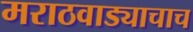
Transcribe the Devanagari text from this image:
मराठवाड्याचाच